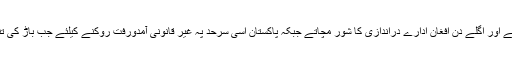
ایک جانب پاک افغان سرحد کو عبور کرکے دہشتگرد آکر پاکستانی فوجی چیک پوسٹو ں پر حملے کرتے اور اگلے دن افغان ادارے دراندازی کا شور مچاتے جبکہ پاکستان اسی سرحد پہ غیر قانونی آمدورفت روکنے کیلئے جب باڑ کی تنصیب کی کوشش کرتا تو اس باڑ کی تعمیر کیخلاف بھی نیٹو اور افغان حکومت مشترکہ موقف اپناتیں۔